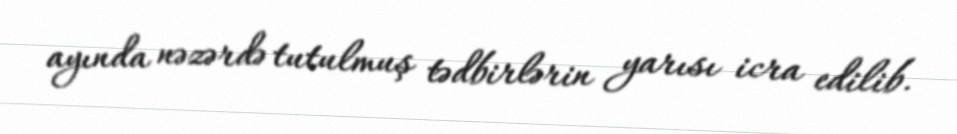
ayında nəzərdə tutulmuş tədbirlərin yarısı icra edilib.